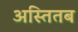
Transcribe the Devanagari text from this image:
अस्तितब